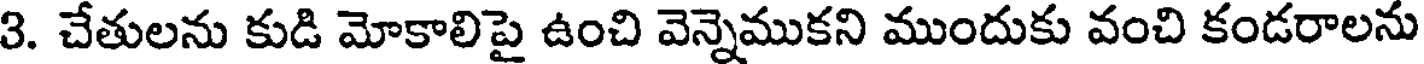
3. చేతులను కుడి మోకాలిపై ఉంచి వెన్నెముకని ముందుకు వంచి కండరాలను